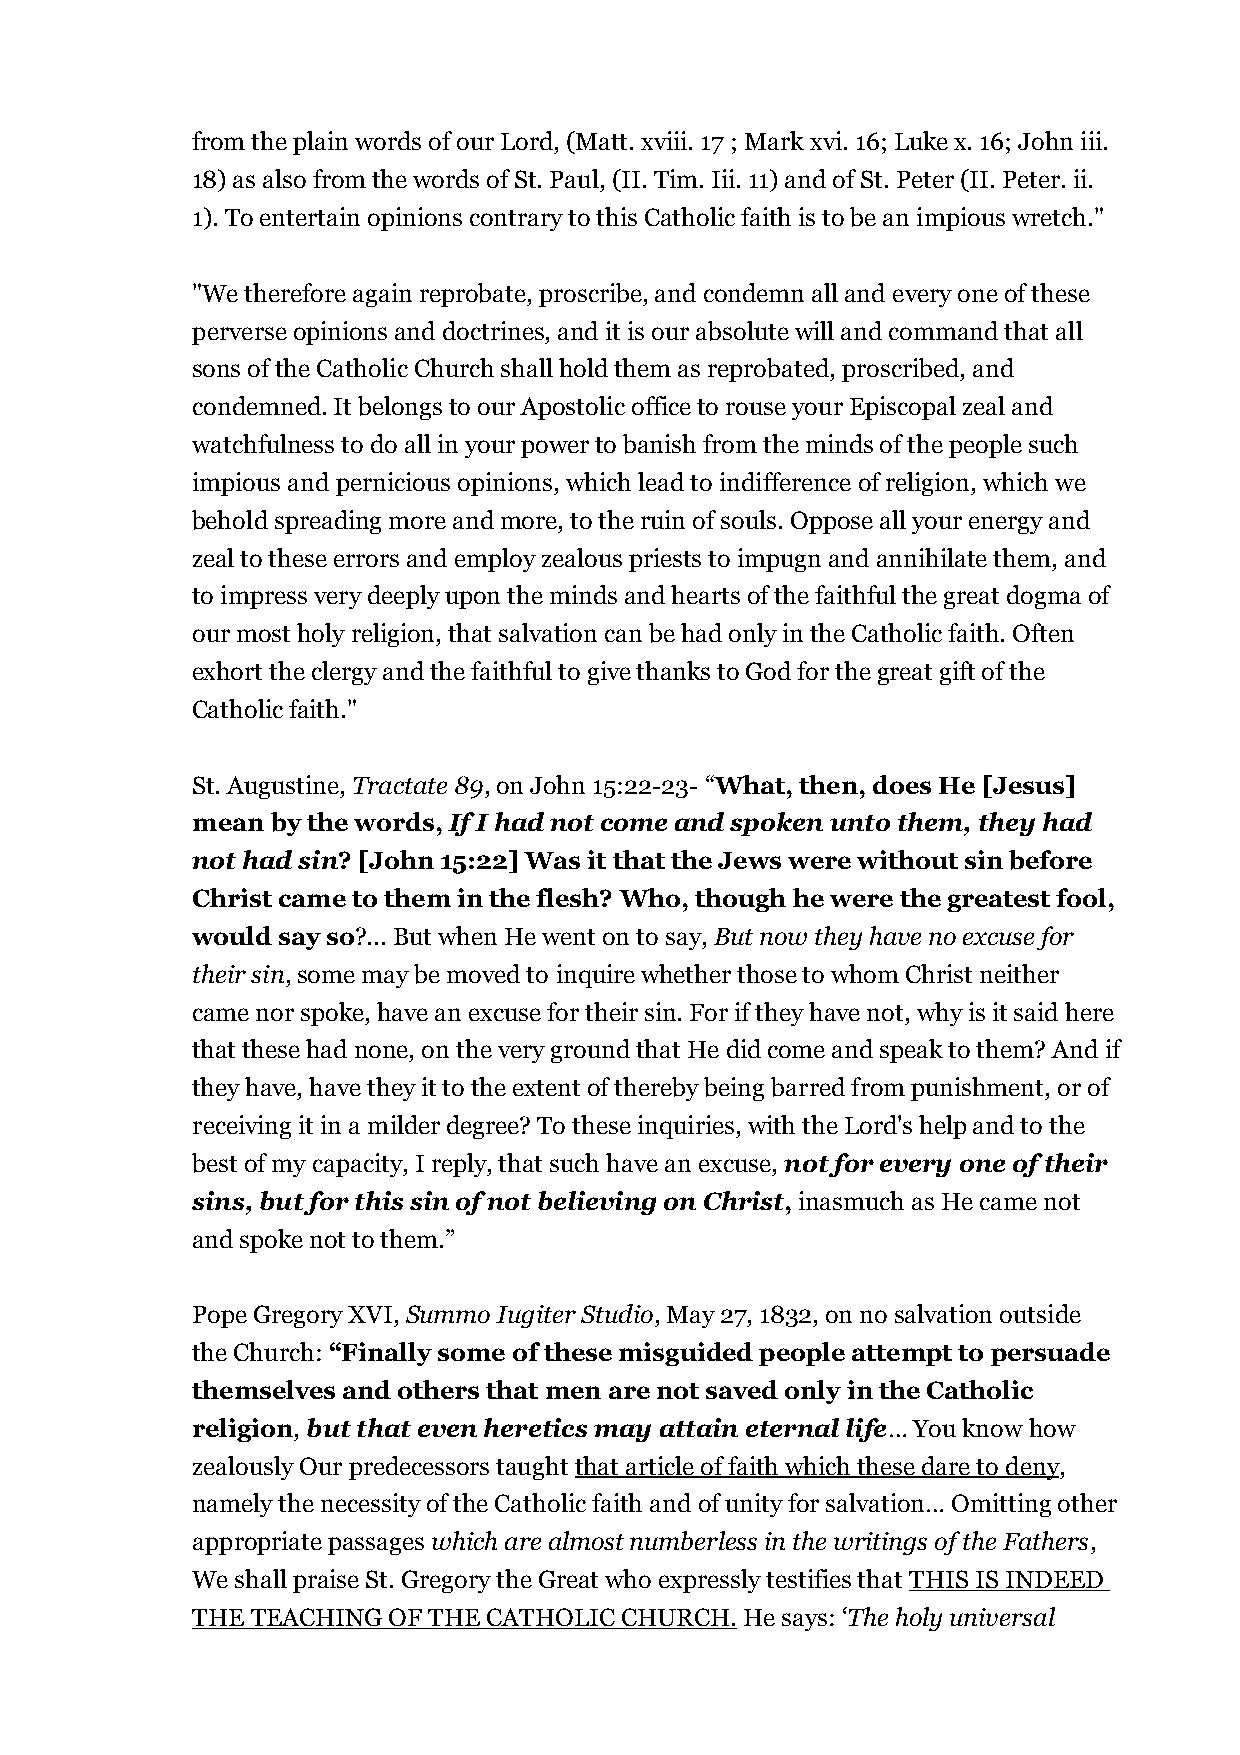
from the plain words of our Lord, (Matt. xviii. 17 ; Mark xvi. 16; Luke x. 16; John iii.
 18) as also from the words of St. Paul, (II. Tim. Iii. 11) and of St. Peter (II. Peter. ii.
 1). To entertain opinions contrary to this Catholic faith is to be an impious wretch."
 "We therefore again reprobate, proscribe, and condemn all and every one of these
 perverse opinions and doctrines, and it is our absolute will and command that all
 sons of the Catholic Church shall hold them as reprobated, proscribed, and
 condemned. It belongs to our Apostolic office to rouse your Episcopal zeal and
 watchfulness to do all in your power to banish from the minds of the people such
 impious and pernicious opinions, which lead to indifference of religion, which we
 behold spreading more and more, to the ruin of souls. Oppose all your energy and
 zeal to these errors and employ zealous priests to impugn and annihilate them, and
 to impress very deeply upon the minds and hearts of the faithful the great dogma of
 our most holy religion, that salvation can be had only in the Catholic faith. Often
 exhort the clergy and the faithful to give thanks to God for the great gift of the
 Catholic faith."
 St. Augustine, Tractate 89, on John 15:22-23- “What, then, does He [Jesus]
 mean by the words, If I had not come and spoken unto them, they had
 not had sin? [John 15:22] Was it that the Jews were without sin before
 Christ came to them in the flesh? Who, though he were the greatest fool,
 would say so?... But when He went on to say, But now they have no excuse for
 their sin, some may be moved to inquire whether those to whom Christ neither
 came nor spoke, have an excuse for their sin. For if they have not, why is it said here
 that these had none, on the very ground that He did come and speak to them? And if
 they have, have they it to the extent of thereby being barred from punishment, or of
 receiving it in a milder degree? To these inquiries, with the Lord's help and to the
 best of my capacity, I reply, that such have an excuse, not for every one of their
 sins, but for this sin of not believing on Christ, inasmuch as He came not
 and spoke not to them.”
 Pope Gregory XVI, Summo Iugiter Studio, May 27, 1832, on no salvation outside
 the Church: “Finally some of these misguided people attempt to persuade
 themselves and others that men are not saved only in the Catholic
 religion, but that even heretics may attain eternal life… You know how
 zealously Our predecessors taught that article of faith which these dare to deny,
 namely the necessity of the Catholic faith and of unity for salvation… Omitting other
 appropriate passages which are almost numberless in the writings of the Fathers,
 We shall praise St. Gregory the Great who expressly testifies that THIS IS INDEED
 THE TEACHING OF THE CATHOLIC CHURCH. He says: ‘The holy universal